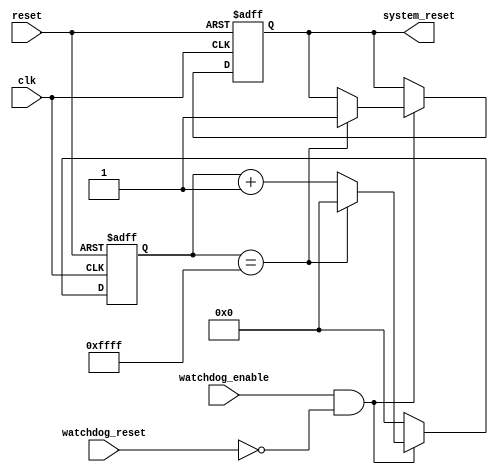
module watchdog_timer (
        input wire clk,            // Clock signal
        input wire reset,          // Reset signal
        input wire watchdog_enable, // Watchdog timer enable signal
        input wire watchdog_reset, // Watchdog timer reset signal
        output reg system_reset    // System reset signal
    );
    
    reg [15:0] counter;    // 16-bit counter to count the clock cycles
    parameter timeout_value = 65535; // Timeout value for the watchdog timer
    
    // Watchdog timer logic
    always @(posedge clk or posedge reset) begin
        if (reset) begin
            counter <= 0;
            system_reset <= 0;
        end else begin
            if (watchdog_enable && !watchdog_reset) begin
                counter <= counter + 1;
                
                if (counter == timeout_value) begin
                    system_reset <= 1;
                    counter <= 0;
                end
            end else begin
                counter <= 0;
            end
        end
    end
    
endmodule